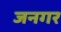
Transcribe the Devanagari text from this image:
जनगर